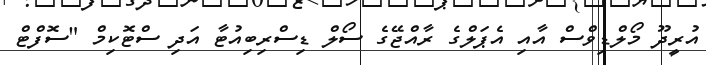
އުރީދޫ މޯލްޑިވްސް އާއި އެޕަލްގެ ރާއްޖޭގެ ސޯލް ޑިސްރިބިއުޓާ އަދި ސްޓޮކިމް "ސޮފްޓް